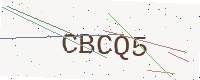
Text: CBCQ5